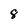
Character: 8